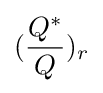
({\frac {Q^{*}}{Q}})_{r}